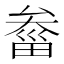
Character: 𤲙